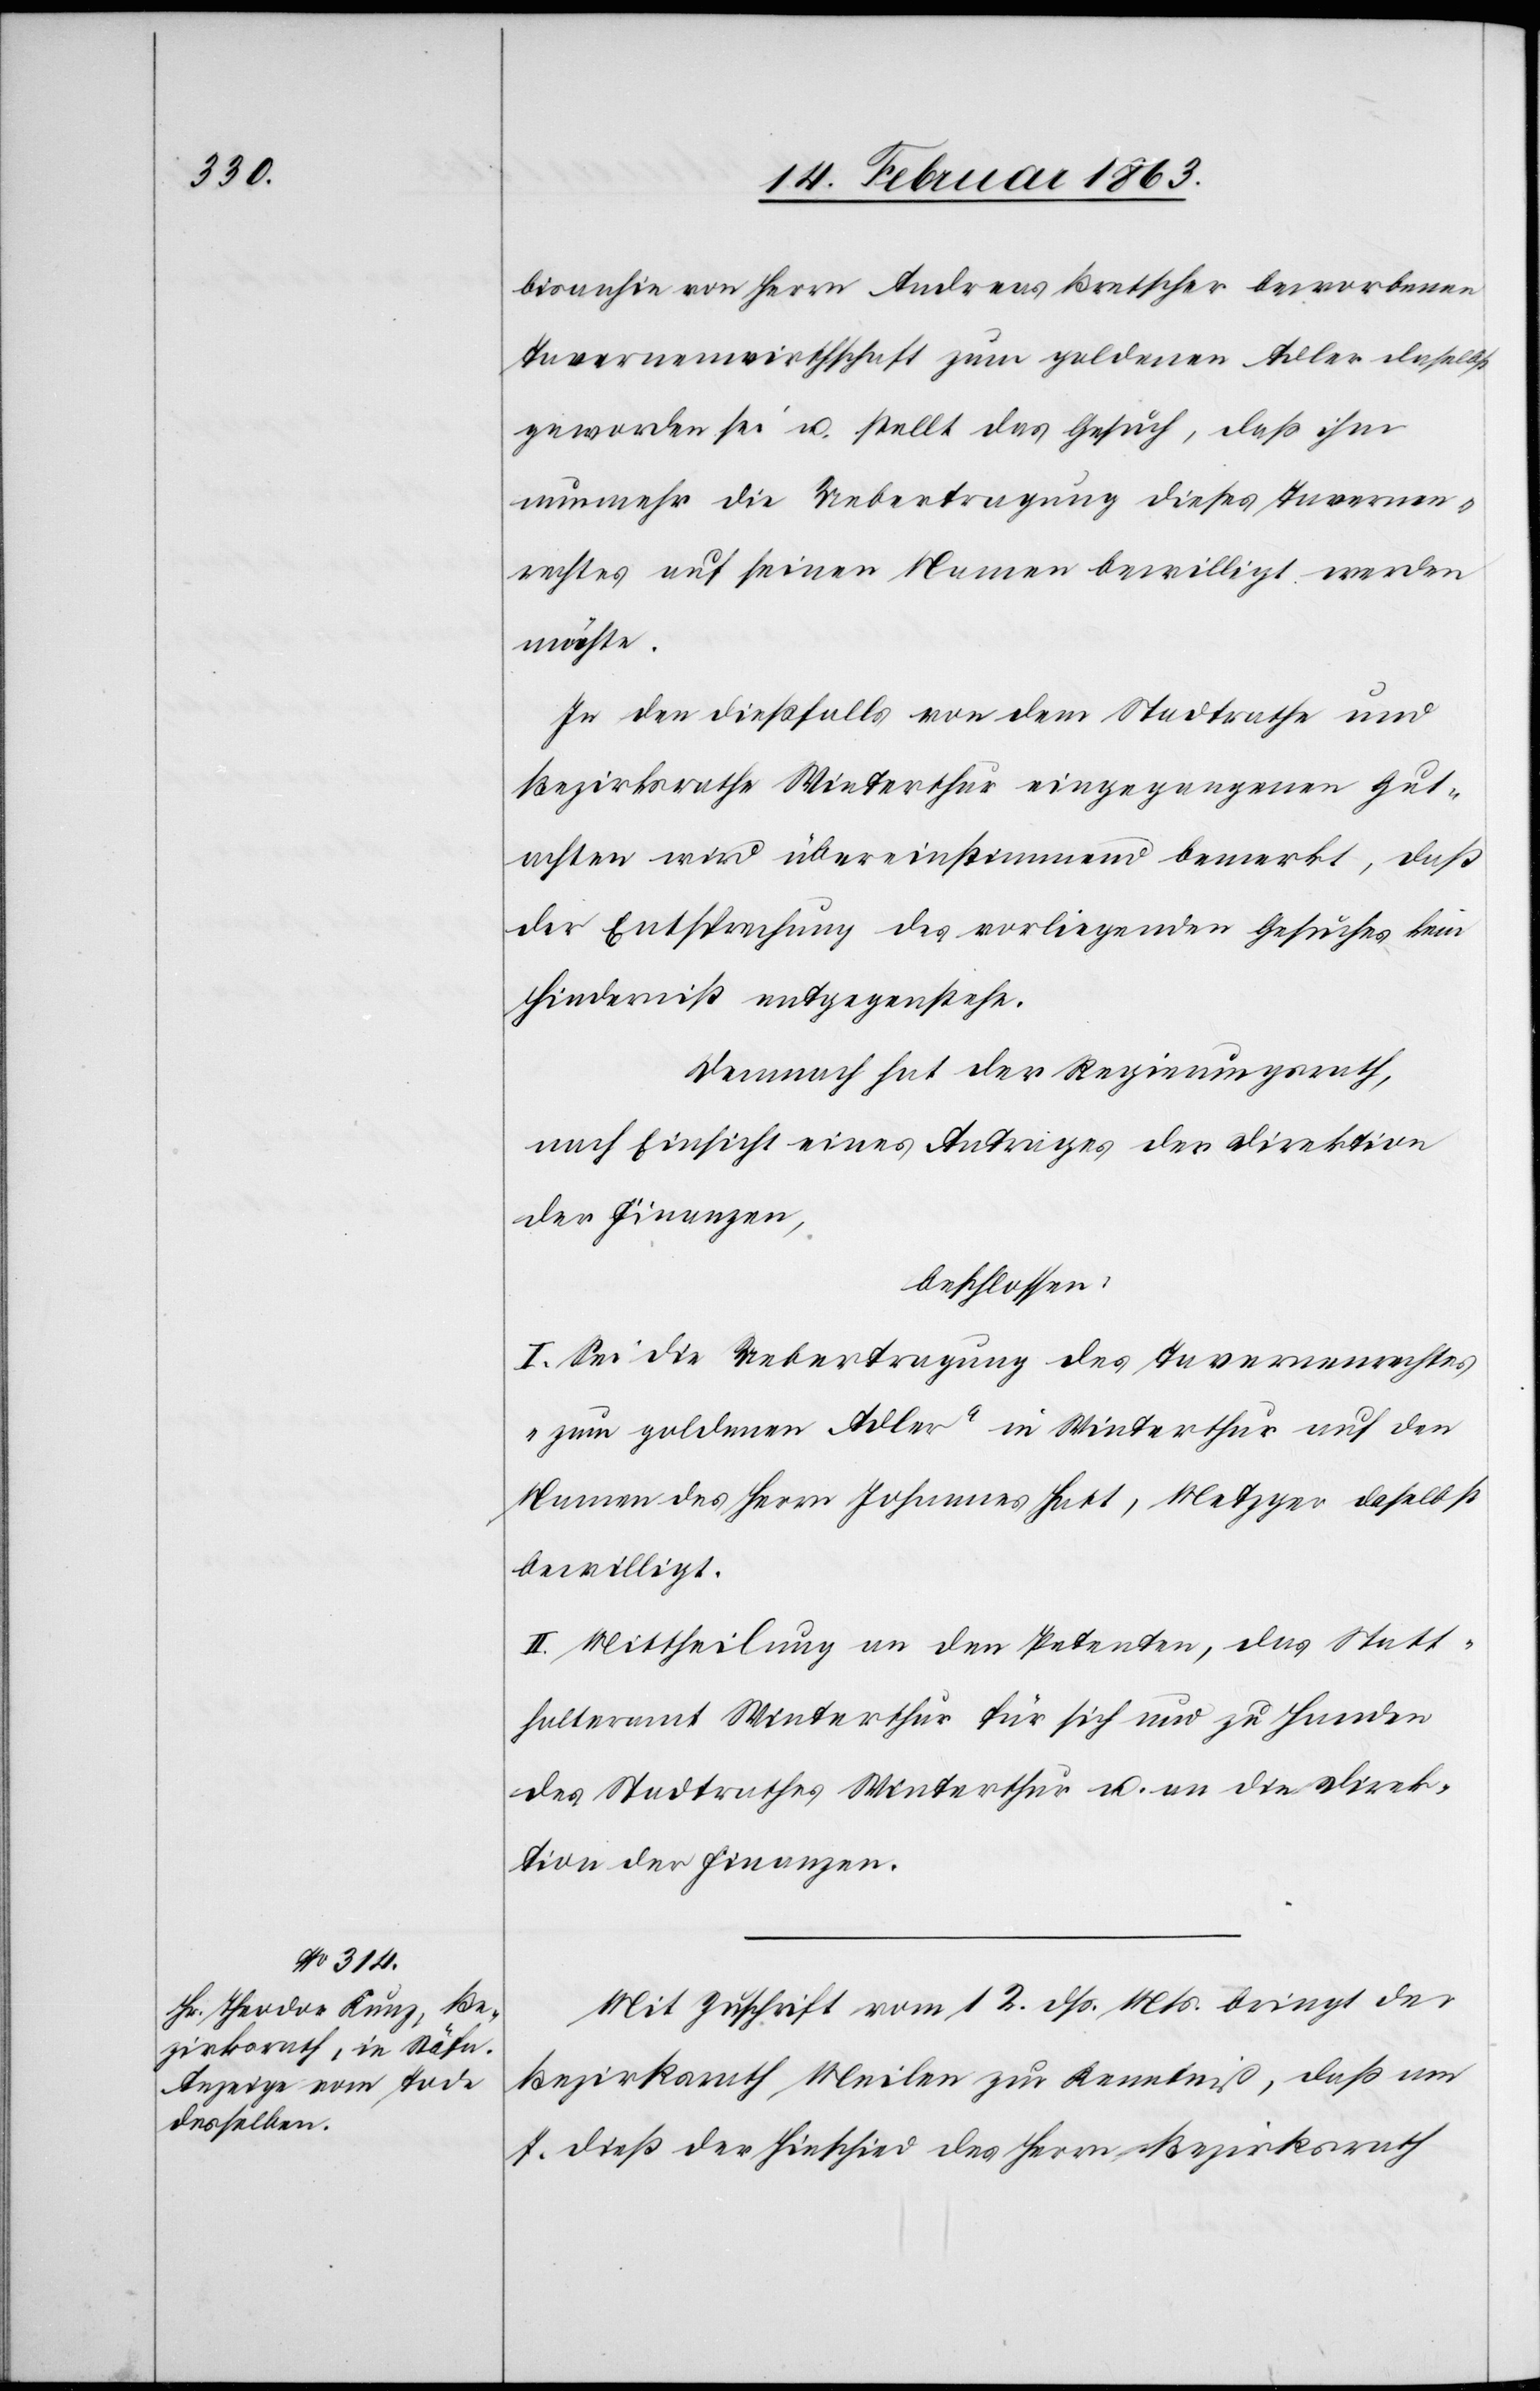
bisanhin von Herrn Andreas Bretscher beworbenen
Tavernenwirthschaft zum goldenen Adler daselbst
geworden sei u. stellt das Gesuch, daß ihm
nunmehr die Uebertragung dieses Tavernen¬
rechtes auf seinen Namen bewilligt werden
möchte.
In den dießfalls von dem Stadtrathe und
Bezirksrathe Winterthur eingegangenen Gut¬
achten wird übereinstimmend bemerkt, daß
der Entsprechung des vorliegenden Gesuches kein
Hinderniß entgegenstehe.
Demnach hat der Regierungsrath,
nach Einsicht eines Antrages der Direktion
der Finanzen,
beschlossen:
I. Sei die Uebertragung des Tavernenrechtes
„zum goldenen Adler“ in Winterthur auf den
Namen des Herrn Johannes Hatt, Metzger daselbst
bewilligt.
II. Mittheilung an den Petenten, das Statt¬
halteramt Winterthur für sich und zu Handen
des Stadtrathes Winterthur u. an die Direk¬
tion der Finanzen.
Mit Zuschrift vom 12. dß. Mts. bringt der
Bezirksrath Meilen zur Kenntniß, daß am
7. dieß der Hinschied des Herrn Bezirksrath